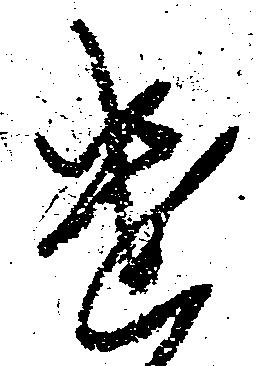
遣